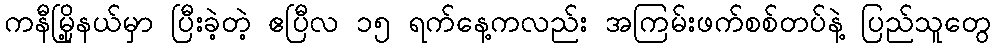
ကနီမြို့နယ်မှာ ပြီးခဲ့တဲ့ ဧပြီလ ၁၅ ရက်နေ့ကလည်း အကြမ်းဖက်စစ်တပ်နဲ့ ပြည်သူတွေ